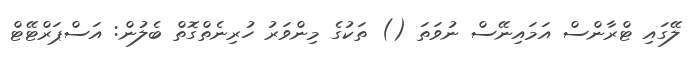
ލޭގައި ޓްރާންސް އަމައިނޭސް ނުވަތަ () ތަކުގެ މިންވަރު ހުރިނެތްގޮތް ބެލުން: އަސްޕަރްޓޭޓް